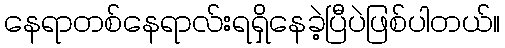
နေရာတစ်နေရာလ်းရရှိနေခဲ့ပြီပဲဖြစ်ပါတယ်။